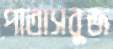
পাতাসবুজ